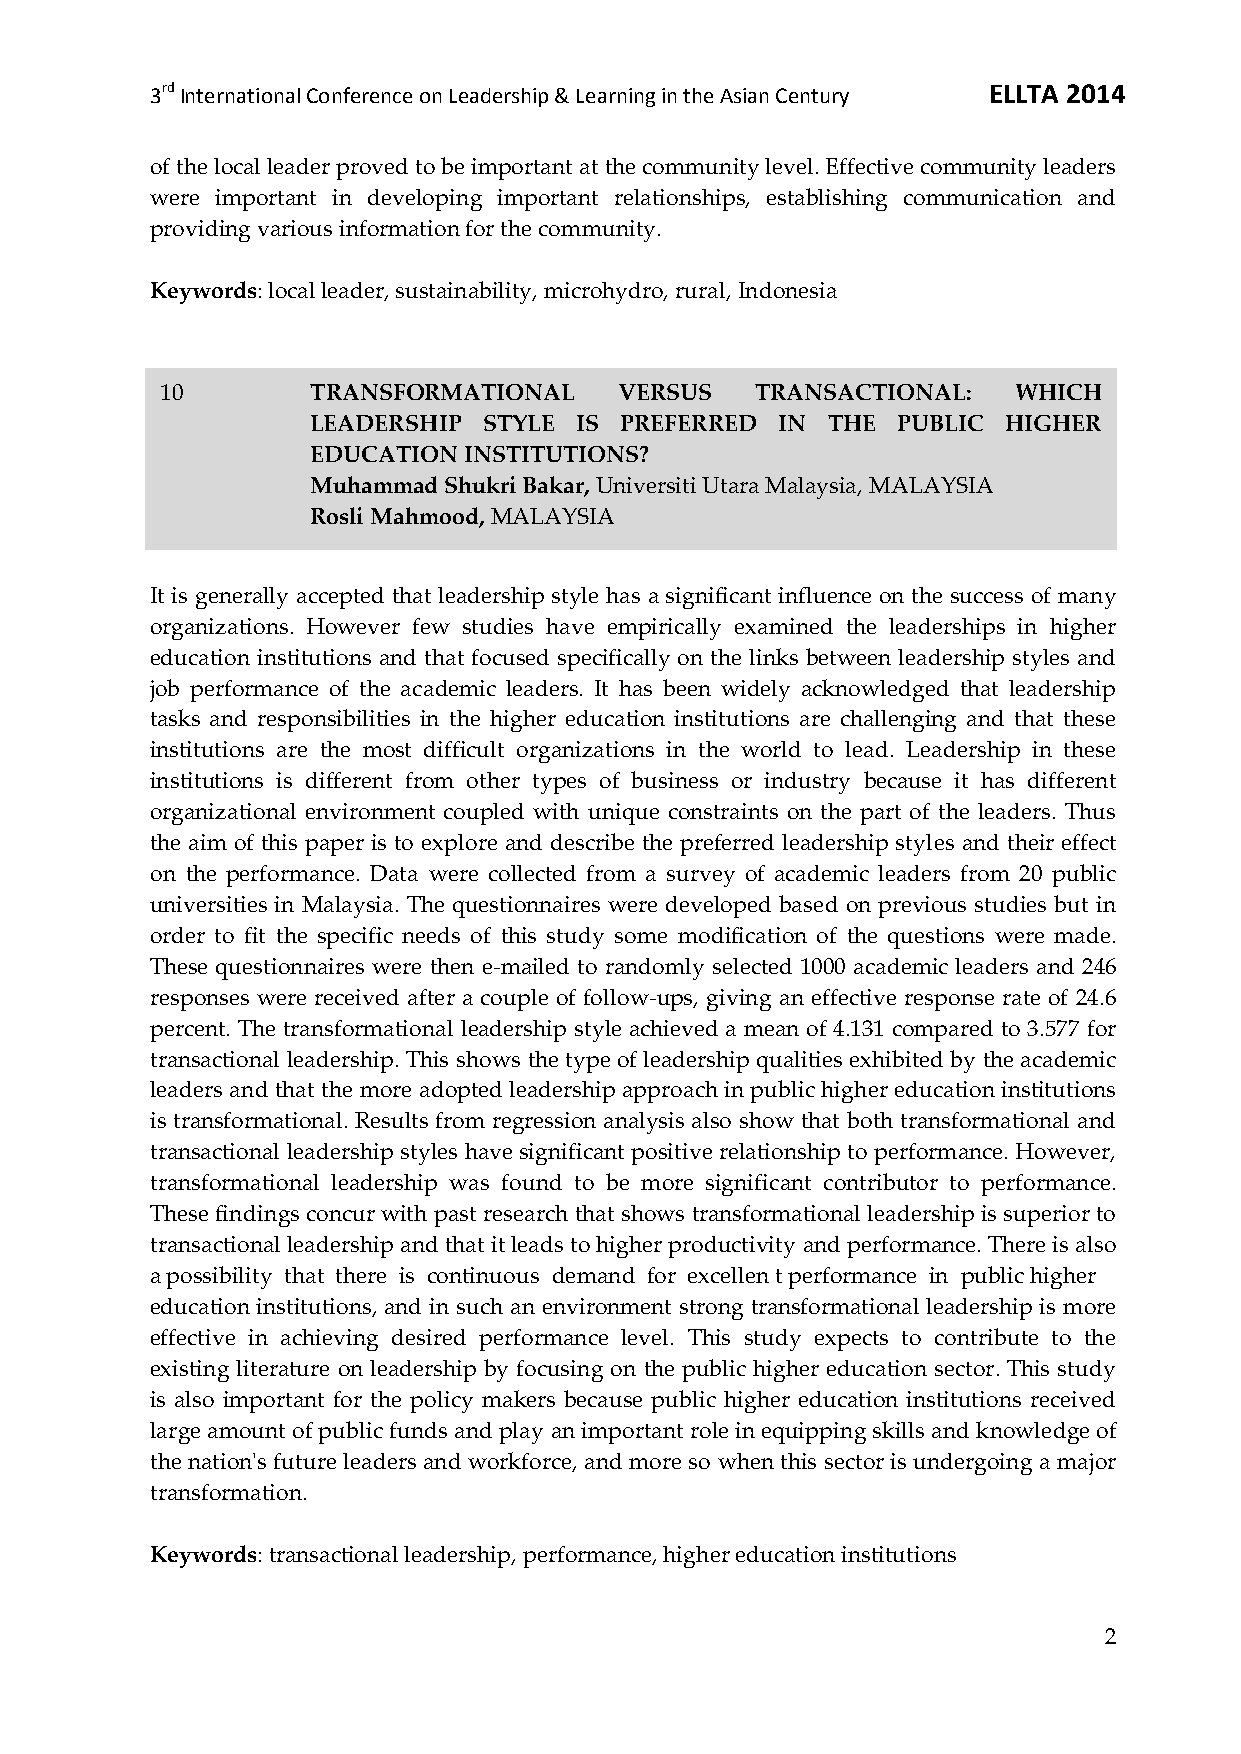
3rd International Conference on Leadership & Learning in the Asian Century ELLTA 2014
 of the local leader proved to be important at the community level. Effective community leaders
 were important in developing important relationships, establishing communication and
 providing various information for the community.
 Keywords: local leader, sustainability, microhydro, rural, Indonesia
 10        TRANSFORMATIONAL    VERSUS   TRANSACTIONAL:   WHICH
 LEADERSHIP STYLE IS PREFERRED  IN THE PUBLIC  HIGHER
 EDUCATION INSTITUTIONS?
 Muhammad Shukri Bakar, Universiti Utara Malaysia, MALAYSIA
 Rosli Mahmood, MALAYSIA
 It is generally accepted that leadership style has a significant influence on the success of many
 organizations. However few studies have empirically examined the leaderships in higher
 education institutions and that focused specifically on the links between leadership styles and
 job performance of the academic leaders. It has been widely acknowledged that leadership
 tasks and responsibilities in the higher education institutions are challenging and that these
 institutions are the most difficult organizations in the world to lead. Leadership in these
 institutions is different from other types of business or industry because it has different
 organizational environment coupled with unique constraints on the part of the leaders. Thus
 the aim of this paper is to explore and describe the preferred leadership styles and their effect
 on the performance. Data were collected from a survey of academic leaders from 20 public
 universities in Malaysia. The questionnaires were developed based on previous studies but in
 order to fit the specific needs of this study some modification of the questions were made.
 These questionnaires were then e-mailed to randomly selected 1000 academic leaders and 246
 responses were received after a couple of follow-ups, giving an effective response rate of 24.6
 percent. The transformational leadership style achieved a mean of 4.131 compared to 3.577 for
 transactional leadership. This shows the type of leadership qualities exhibited by the academic
 leaders and that the more adopted leadership approach in public higher education institutions
 is transformational. Results from regression analysis also show that both transformational and
 transactional leadership styles have significant positive relationship to performance. However,
 transformational leadership was found to be more significant contributor to performance.
 These findings concur with past research that shows transformational leadership is superior to
 transactional leadership and that it leads to higher productivity and performance. There is also
 a possibility that there is continuous demand for excellen t performance in public higher
 education institutions, and in such an environment strong transformational leadership is more
 effective in achieving desired performance level. This study expects to contribute to the
 existing literature on leadership by focusing on the public higher education sector. This study
 is also important for the policy makers because public higher education institutions received
 large amount of public funds and play an important role in equipping skills and knowledge of
 the nation's future leaders and workforce, and more so when this sector is undergoing a major
 transformation.
 Keywords: transactional leadership, performance, higher education institutions
 2